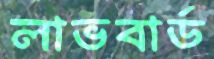
লাভবার্ড